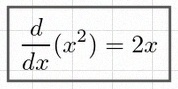
\frac{d}{dx}(x^2)=2x